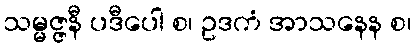
သမ္မဇ္ဇနီ ပဒီပေါ စ၊ ဥဒကံ အာသနေန စ၊